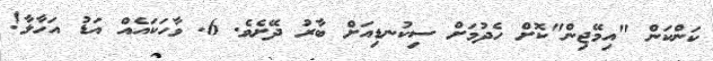
ކަންކަން "އިމޭޖިން"ކޮށް ހެދުމަށް ސިކުނޑިއަށް ބާރު ދޭށެވެ. 6. ވާހަކައެއް އަޑު އަހާލާ!